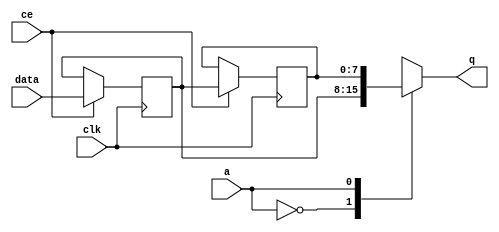
module FIFO_image_filter_img_5_data_stream_2_V_shiftReg (
    clk,
    data,
    ce,
    a,
    q);

parameter DATA_WIDTH = 32'd8;
parameter ADDR_WIDTH = 32'd1;
parameter DEPTH = 32'd2;

input clk;
input [DATA_WIDTH-1:0] data;
input ce;
input [ADDR_WIDTH-1:0] a;
output [DATA_WIDTH-1:0] q;

reg[DATA_WIDTH-1:0] SRL_SIG [0:DEPTH-1];
integer i;

always @ (posedge clk)
    begin
        if (ce)
        begin
            for (i=0;i<DEPTH-1;i=i+1)
                SRL_SIG[i+1] <= SRL_SIG[i];
            SRL_SIG[0] <= data;
        end
    end

assign q = SRL_SIG[a];

endmodule